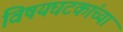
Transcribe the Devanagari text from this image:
विषयघटकांच्या